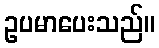
ဥပမာပေးသည်။